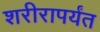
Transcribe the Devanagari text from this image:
शरीरापर्यंत